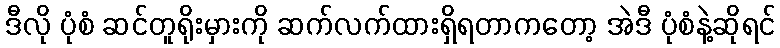
ဒီလို ပုံစံ ဆင်တူရိုးမှားကို ဆက်လက်ထားရှိရတာကတော့ အဲဒီ ပုံစံနဲ့ဆိုရင်